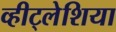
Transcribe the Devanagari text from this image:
व्हीट्लेशिया